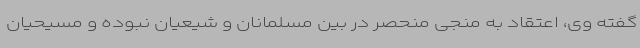
گفته وی، اعتقاد به منجی منحصر در بین مسلمانان و شیعیان نبوده و مسیحیان